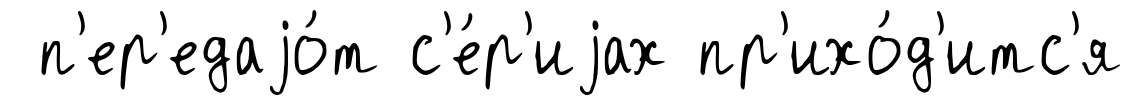
п'ер'едаjо́т с'е́р'иjах пр'ихо́д'итс'я